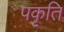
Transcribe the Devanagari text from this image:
पकृति